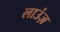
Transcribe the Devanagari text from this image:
लाउंज़